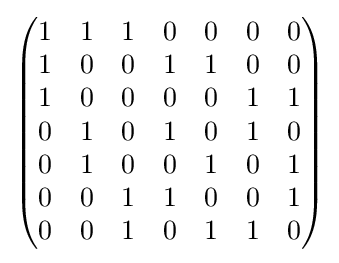
\left({\begin{matrix}1&1&1&0&0&0&0\\1&0&0&1&1&0&0\\1&0&0&0&0&1&1\\0&1&0&1&0&1&0\\0&1&0&0&1&0&1\\0&0&1&1&0&0&1\\0&0&1&0&1&1&0\end{matrix}}\right)